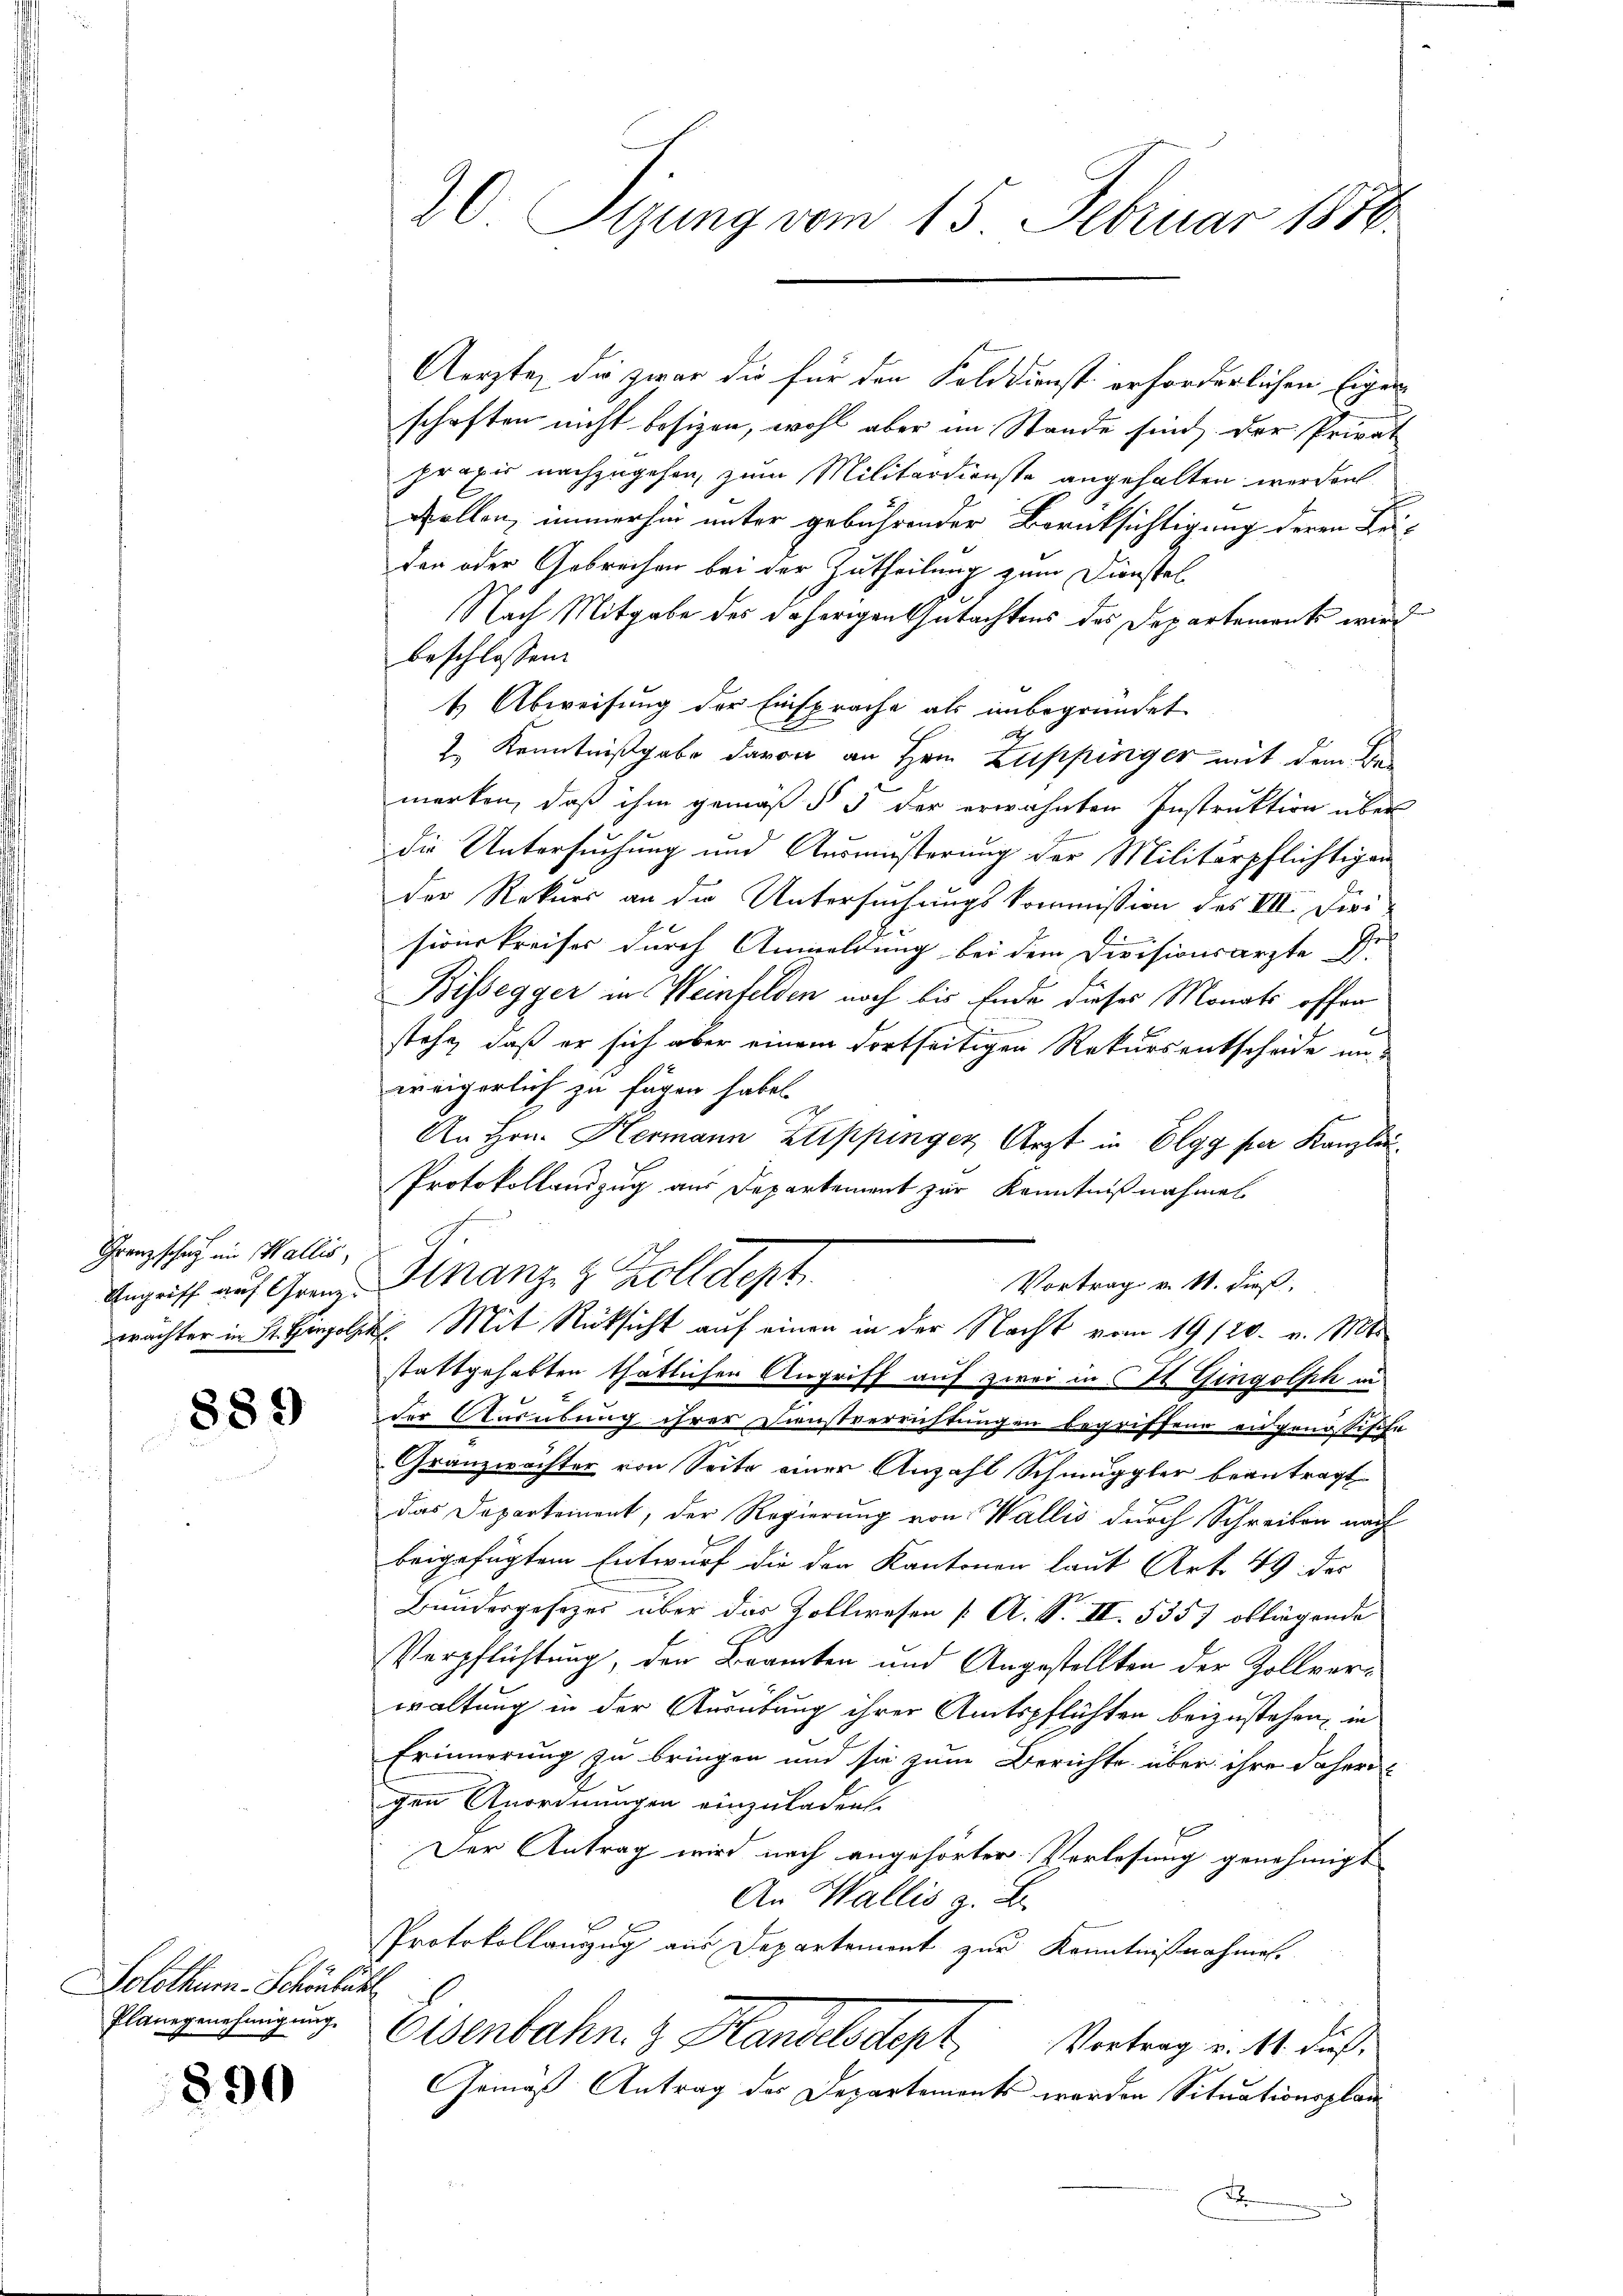
Grenz schaft im Wallis,

889

Solothurn-Schönbüh
Planegenehmigung

890

20. Stung vom 15. Februar 1858.

Aerzte, die zwar die für den Felddienst erforderlichen Eigen
schaften nicht besizen, wohl aber im Stande sind der Privat
praxis nachzugehen, zum Militärdienste angehalten werden
Rollen, immerhin unter gebührender Berücksichtigung deren Leiden oder Gebrechen bei der Zutheilung zum Dienstel
Nach Mitgabe des daherigen Gutachtens des Departements wird
beschlossen:
1 Abweisung der Einsprache als unbegründet
2.) Kenntnißgabe davon an Hrn. Zuppinger mit dem Bemerken, daß ihm gemäß § 5 der erwähnten Instruktion über
die Untersuchung und Auswußerung der Militärpflichtigen
der Rekurs an die Untersuchungskommission des VIII. Dirig
sionskreises durch Anwoldung bei dem Divisionsarzte Er
Bissegger in Weinfelden noch bis Ende dieses Monats offen
stehe, daß er sich aber einem dortseitigen Rekursentscheide unweigerlich zu fügen habe.
An Hrn. Hermann Zuppinger Arzt in Elgg per Kanzli¬
Protokollandzug aus Departement zur Kenntnißnahmen
Vortrag v. M. dieß,
Angriff auf Grund Finanz z. Kolldept
wächter in St. Hielt. Mit Rücksicht auf einen in der Nacht vom 19/20. v. Mts
stattgehabten thätlichen Angriff auf zwei in CV Gingolsch au
der Ausübung ihrer Dunstverrichtungen begriffene eidgenössische
Granzwächter von Seite einer Anzahl Schmuggler beantragt
das Departement, der Regierung von Wallis durch Schreiben nach
beigefügtem Entwurf die der Kantonen laut Art. 49 des
Bundesgesezes über das Zollwesen [ A. S. II 5357 obliegende
Verpflichtung, den Brancken und Angestellten der Zollverwaltung in der Ausübung ihrer Amtspflichten beizustehen, in
Erinnerung zu bringen und sie zum Berichte über ihre daher
gen Anordnungen einzuladen.
Der Antrag wird nach angehörter Verlesung genehmigt
An Wallis z. B.
Protokollauszug aus Departement zur Kenntnißnahmen.
Eisenbahn. 3. Handelsdept. Vertrag v. 4. dies
Gemäß Antrag des Departements werden Situationsplan
F